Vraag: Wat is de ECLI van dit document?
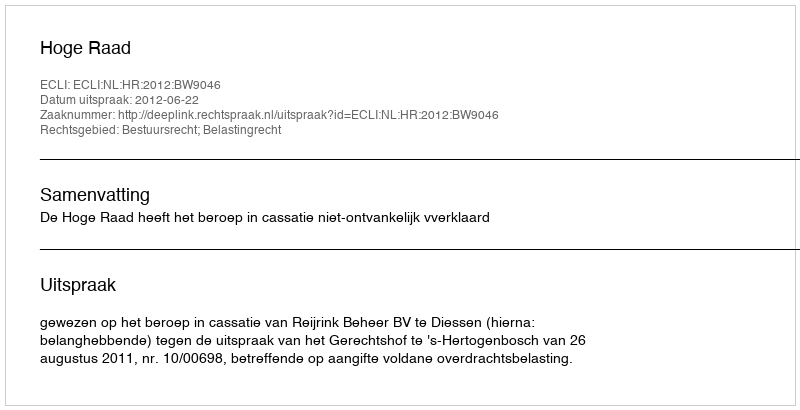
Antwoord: ECLI:NL:HR:2012:BW9046